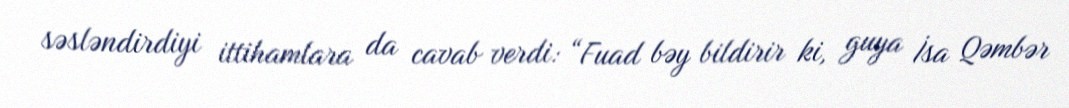
səsləndirdiyi ittihamlara da cavab verdi: “Fuad bəy bildirir ki, guya İsa Qəmbər